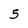
Character: 5